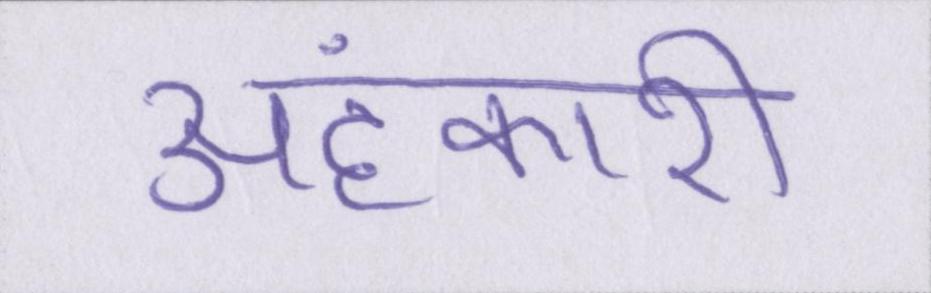
अहंकारी